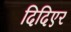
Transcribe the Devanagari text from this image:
दिदिएर